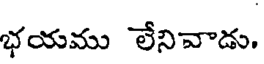
భయము లేనివాడు.